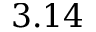
3 . 1 4